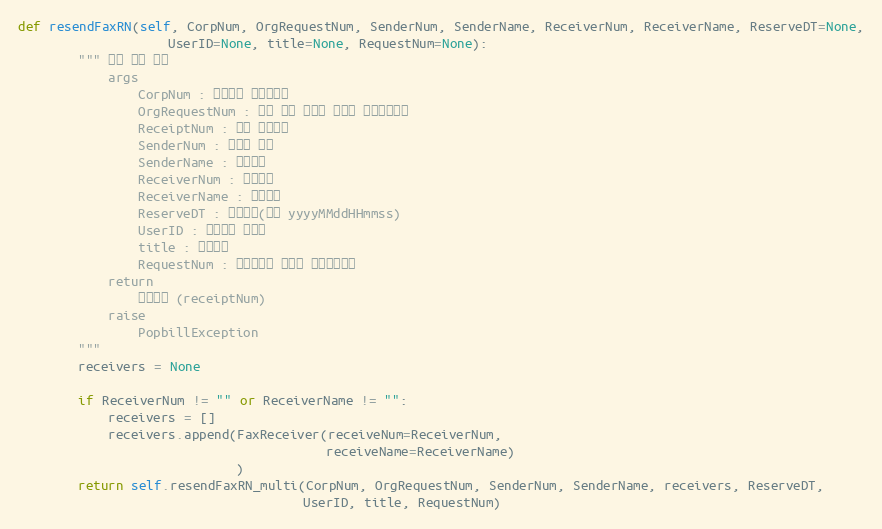
Language: Python
def resendFaxRN(self, CorpNum, OrgRequestNum, SenderNum, SenderName, ReceiverNum, ReceiverName, ReserveDT=None,
                    UserID=None, title=None, RequestNum=None):
        """ 팩스 단건 전송
            args
                CorpNum : 팝빌회원 사업자번호
                OrgRequestNum : 원본 팩스 전송시 할당한 전송요청번호
                ReceiptNum : 팩스 접수번호
                SenderNum : 발신자 번호
                SenderName : 발신자명
                ReceiverNum : 수신번호
                ReceiverName : 수신자명
                ReserveDT : 예약시간(형식 yyyyMMddHHmmss)
                UserID : 팝빌회원 아이디
                title : 팩스제목
                RequestNum : 전송요청시 할당한 전송요청번호
            return
                접수번호 (receiptNum)
            raise
                PopbillException
        """
        receivers = None

        if ReceiverNum != "" or ReceiverName != "":
            receivers = []
            receivers.append(FaxReceiver(receiveNum=ReceiverNum,
                                         receiveName=ReceiverName)
                             )
        return self.resendFaxRN_multi(CorpNum, OrgRequestNum, SenderNum, SenderName, receivers, ReserveDT,
                                      UserID, title, RequestNum)